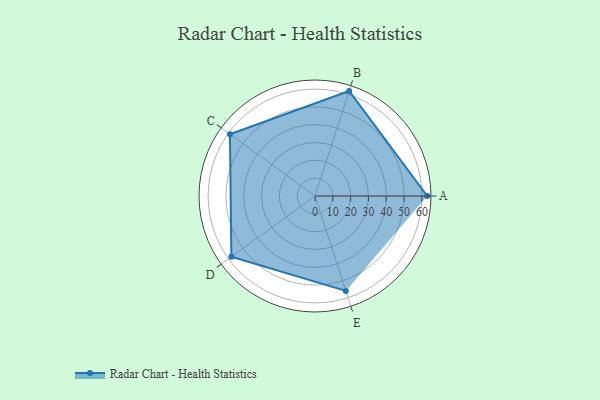
{"axis": {"x": "Skill", "y": "Score"}, "legend": ["Profile"], "data": [{"x": "A", "y": 63.0, "type": "Profile"}, {"x": "B", "y": 62.0, "type": "Profile"}, {"x": "C", "y": 59.0, "type": "Profile"}, {"x": "D", "y": 58.0, "type": "Profile"}, {"x": "E", "y": 56.0, "type": "Profile"}]}